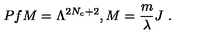
P f M = \Lambda ^ { 2 N _ { c } + 2 } , M = \frac { m } { \lambda } J \ .